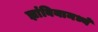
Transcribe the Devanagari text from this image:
झांबियामध्ये